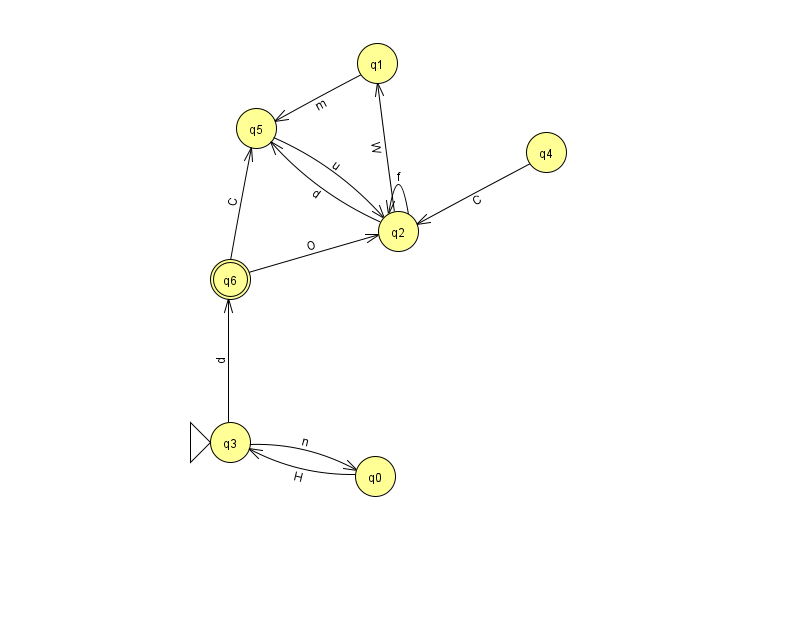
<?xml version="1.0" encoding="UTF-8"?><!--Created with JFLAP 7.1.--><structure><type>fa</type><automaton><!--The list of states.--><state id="0" name="q0"><x>375.0</x><y>463.0</y></state><state id="1" name="q1"><x>377.0</x><y>50.0</y></state><state id="2" name="q2"><x>398.0</x><y>218.0</y></state><state id="3" name="q3"><x>230.0</x><y>429.0</y><initial/></state><state id="4" name="q4"><x>546.0</x><y>139.0</y></state><state id="5" name="q5"><x>256.0</x><y>115.0</y></state><state id="6" name="q6"><x>230.0</x><y>266.0</y><final/></state><!--The list of transitions.--><transition><from>0</from><to>3</to><read>H</read></transition><transition><from>3</from><to>6</to><read>d</read></transition><transition><from>1</from><to>5</to><read>m</read></transition><transition><from>2</from><to>2</to><read>f</read></transition><transition><from>3</from><to>0</to><read>n</read></transition><transition><from>2</from><to>1</to><read>W</read></transition><transition><from>6</from><to>5</to><read>C</read></transition><transition><from>4</from><to>2</to><read>C</read></transition><transition><from>5</from><to>2</to><read>u</read></transition><transition><from>2</from><to>5</to><read>d</read></transition><transition><from>6</from><to>2</to><read>O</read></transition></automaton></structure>